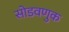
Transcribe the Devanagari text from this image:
सोडवणुक